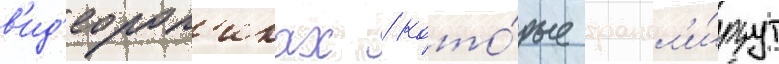
в'ид'еорол'иках / кото́рые трансл'и́руут